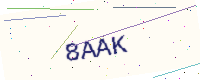
Text: 8AAK